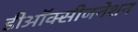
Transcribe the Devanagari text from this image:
डीऑक्सीजनेशन